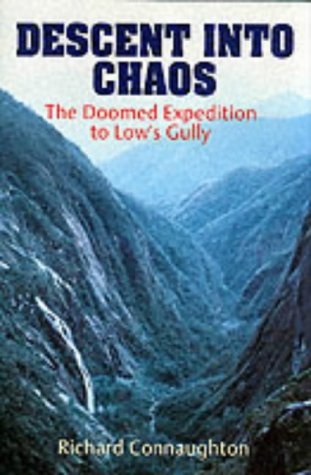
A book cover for Descent into Chaos: The Doomed Expedition to Low's Gully; Richard Connaughton; Travel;